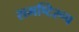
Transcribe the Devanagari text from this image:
समष्टिरूप